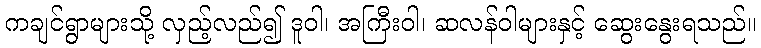
ကချင်ရွာများသို့ လှည့်လည်၍ ဒူဝါ၊ အကြီးဝါ၊ ဆလန်ဝါများနှင့် ဆွေးနွေးရသည်။